Indian journal of veterinary science and animal husbandry - Volumes 28-29, 1958-1959
Year: 1958
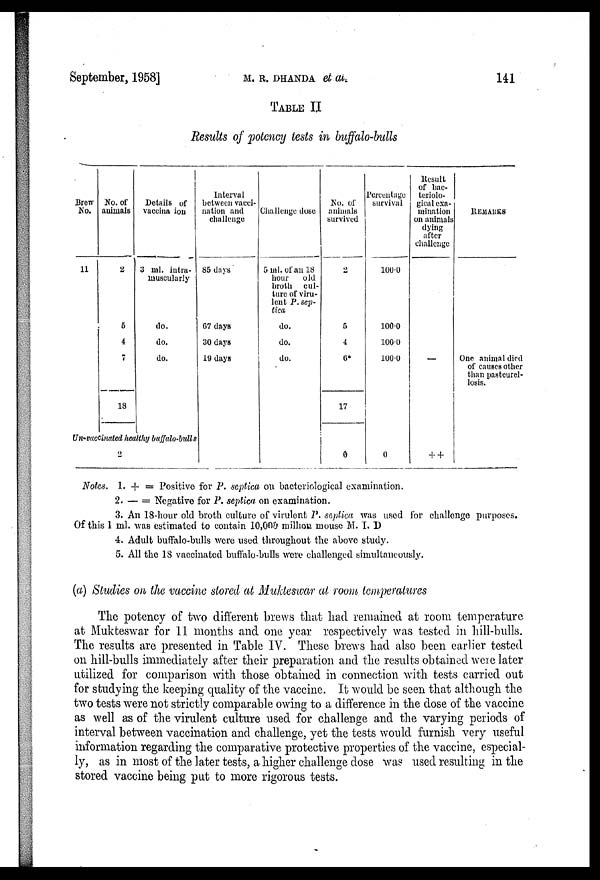
September, 1958]
M. R. DHANDA et
al.
141
TABLE II
Results of potency tests in buffalo-bulls
Brew
No.
11
No. of
animals
2
5
4
7
18
Details of
vaccina ion
3 ml. intra-
muscularly
do.
do.
do.
Un-vaccinated healthy buffalo-bulls
2
Interval
between vacci-
nation and
challenge
85 days
67 days
30 days
19 days
Challenge dose
5 ml. of an 18
hour
old
broth cul-
ture of viru-
lent P. sep-
tica
do.
do.
do.
No. of
animals
survived
2
5
4
6*
17
0
Percentage
survival
100.0
100.0
100.0
100.0
0
Result
of bac-
teriolo-
gical exa-
mination
on animals
dying
after
challenge
—
++
REMARKS
One animal died
of causes other
than pasteurel-
losis.
Notes. 1. + = Positive for P. septica on bacteriological examination.
2. — = Negative for P. septica on examination.
3. An 18-hour old broth culture of virulent P. septica was used for challenge purposes.
Of this 1 ml. was estimated to contain 10,000 million mouse M. I. D
4. Adult buffalo-bulls were used throughout the above study.
5. All the 18 vaccinated buffalo-bulls were challenged simultaneously.
(a) Studies on the vaccine stored at Mukteswar at room temperatures
The potency of two different brews that had remained at room temperature
at Mukteswar for 11 months and one year respectively was tested in hill-bulls.
The results are presented in Table IV. These brews had also been earlier tested
on hill-bulls immediately after their preparation and the results obtained were later
utilized for comparison with those obtained in connection with tests carried out
for studying the keeping quality of the vaccine. It would be seen that although the
two tests were not strictly comparable owing to a difference in the dose of the vaccine
as well as of the virulent culture used for challenge and the varying periods of
interval between vaccination and challenge, yet the tests would furnish very useful
information regarding the comparative protective properties of the vaccine, especial-
ly, as in most of the later tests, a higher challenge dose was used resulting in the
stored vaccine being put to more rigorous tests.